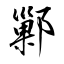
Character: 鄛